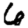
Digit: 6